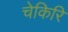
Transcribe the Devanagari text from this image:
चेकिरि